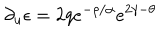
LaTeX: \partial _ { u } \epsilon = 2 q e ^ { - \rho / \alpha } e ^ { 2 \gamma - \theta }